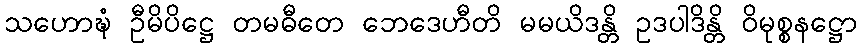
သဟောဍ္ဎံ ဦမိပိဋ္ဌေ တမဓီတေ ဘေဒေဟီတိ မမယိဒန္တိ ဥဒပါဒိန္တိ ဝိမုစ္စနဋ္ဌော